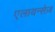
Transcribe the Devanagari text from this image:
एलायन्सेज़